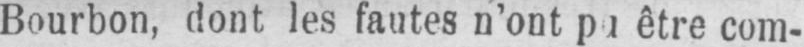
être com-